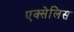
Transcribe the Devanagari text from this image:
एक्सेलिस